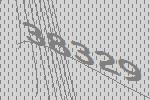
38329